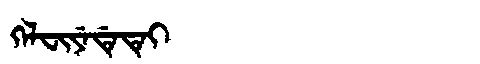
Manchu: ᡴᡝᠯᠸᡳᠶᡝᡩᡝᡨᡝᡳ
Romanization: KELFIYEDETEI